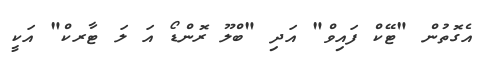
އެގޮތުން "ޓޭކް ފައިވް" އަދި "ބްލޫ ރޮންޑޯ އަ ލަ ޓާރކް" އަކީ